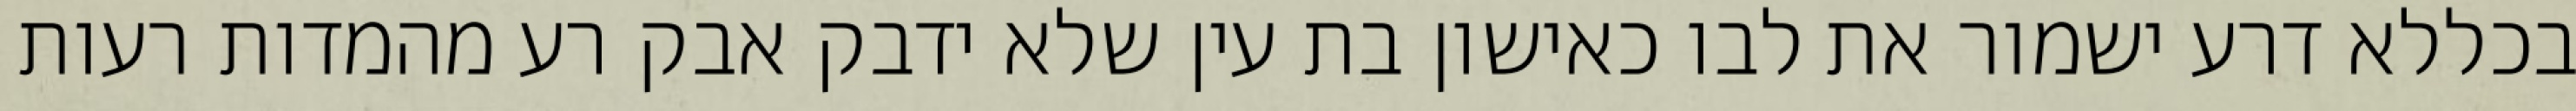
בכללא דרע ישמור את לבו כאישון בת עין שלא ידבק אבק רע מהמדות רעות